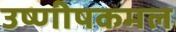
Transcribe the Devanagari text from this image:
उष्णीषकमल